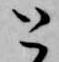
と